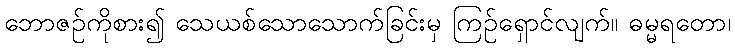
ဘောဇဉ်ကိုစား၍ သေယစ်သောသောက်ခြင်းမှ ကြဉ်ရှောင်လျက်။ ဓမ္မရတော၊